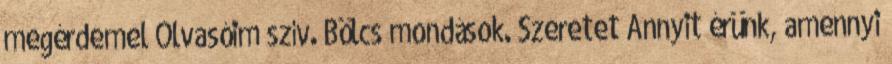
megérdemel Olvasóim szív. Bölcs mondások. Szeretet Annyit érünk, amennyi